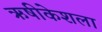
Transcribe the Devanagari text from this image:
ऋषीकेशला